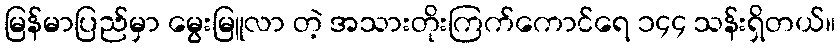
မြန်မာပြည်မှာ မွေးမြူလာ တဲ့ အသားတိုးကြက်ကောင်ရေ ၁၄၄ သန်းရှိတယ်။